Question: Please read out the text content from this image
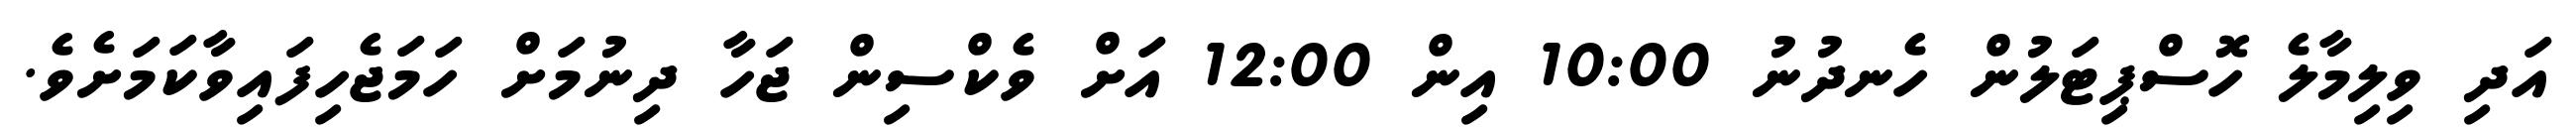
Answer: އަދި ވިލިމާލެ ހޮސްޕިޓަލުން ހެނދުނު 10:00 އިން 12:00 އަށް ވެކްސިން ޖަހާ ދިނުމަށް ހަމަޖެހިފައިވާކަމަށެވެ.